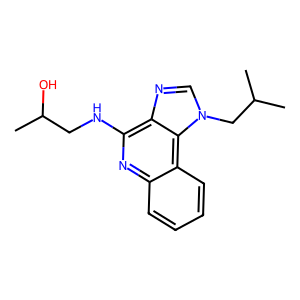
SMILES: CC(C)Cn1cnc2c(NCC(C)O)nc3ccccc3c21
Inhibits HIV replication: No